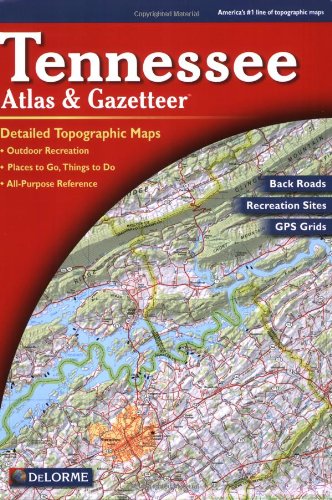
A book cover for Tennessee Atlas & Gazetteer; Delorme; Reference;